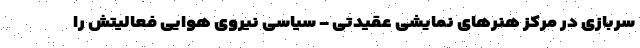
سربازی در مرکز هنرهای نمایشی عقیدتی - سیاسی نیروی هوایی فعالیتش را